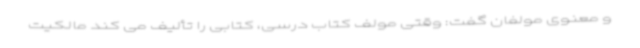
و معنوی مولفان گفت: وقتی مولف کتاب درسی، کتابی را تألیف می کند مالکیت